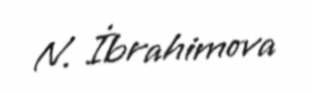
N. İbrahimova